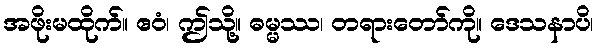
အဖိုးမထိုက်။ ဧဝံ၊ ဤသို့။ ဓမ္မဿ၊ တရားတော်ကို။ ဒေသနာပိ၊